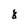
Character: 8